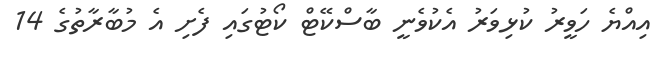
އިއްޔެ ހަވީރު ކުޅިވަރު އެކުވެނީ ބާސްކޭޓް ކޯޓުގައި ފެށި އެ މުބާރާތުގެ 14